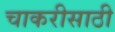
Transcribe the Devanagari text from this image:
चाकरीसाठी